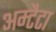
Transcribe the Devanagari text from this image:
अम्टैटा